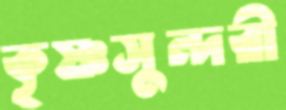
কৃষ্ণসুন্দরী